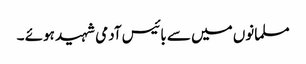
مسلمانوں میں سے بائیس آدمی شہید ہوئے ۔